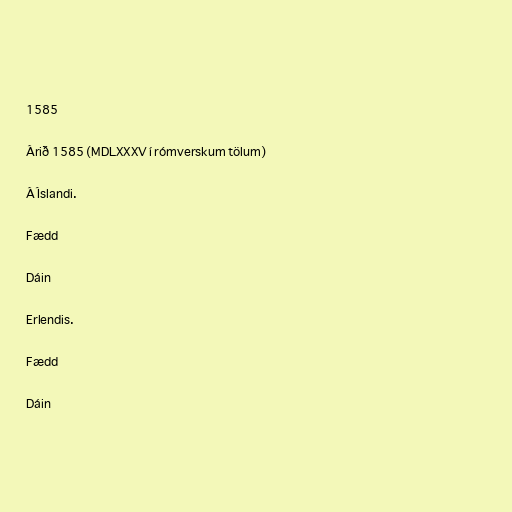
1585

Árið 1585 (MDLXXXV í rómverskum tölum)

Á Íslandi.

Fædd

Dáin

Erlendis.

Fædd

Dáin